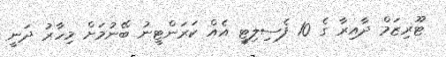
ޓޫރިޒަމް ދާއިރާ ގެ 10 ފެސިލިޓީ އެއް ކަރަންޓީނު ބޭނުމަށް މިހާރު ދަނީ